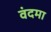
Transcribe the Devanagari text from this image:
वंदमा